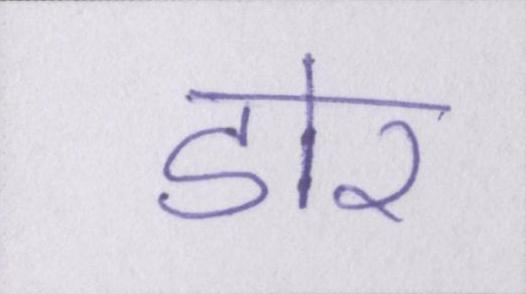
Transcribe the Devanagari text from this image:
डोर